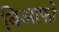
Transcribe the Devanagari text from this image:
बिआफो